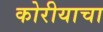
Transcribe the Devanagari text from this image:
कोरीयाचा